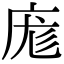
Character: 庬